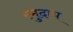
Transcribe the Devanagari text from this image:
स्मुदाय